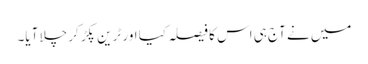
میں نے آج ہی اس کا فیصلہ کیا اور ٹرین پکڑ کر چلا آیا۔